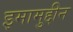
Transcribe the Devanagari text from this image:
इमामुद्दीन